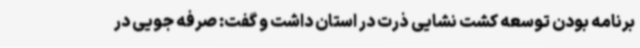
برنامه بودن توسعه کشت نشایی ذرت در استان داشت و گفت: صرفه جویی در